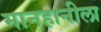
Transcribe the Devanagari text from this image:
मानहानीला